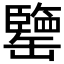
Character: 𦉞